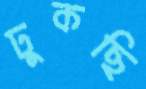
ঢুকছি